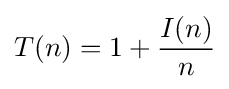
T(n)=1+{\frac {I(n)}{n}}